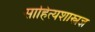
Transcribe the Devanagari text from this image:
साहित्यशास्त्रज्ञ